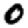
Digit: 0